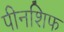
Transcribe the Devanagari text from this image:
पीनशिफ